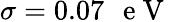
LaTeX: \sigma=0.07\mathrm{~\, ~e~V~}